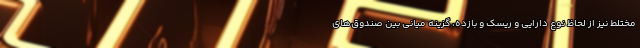
مختلط نیز از لحاظ نوع دارایی و ریسک و بازده، گزینه میانی بین صندوق‌های